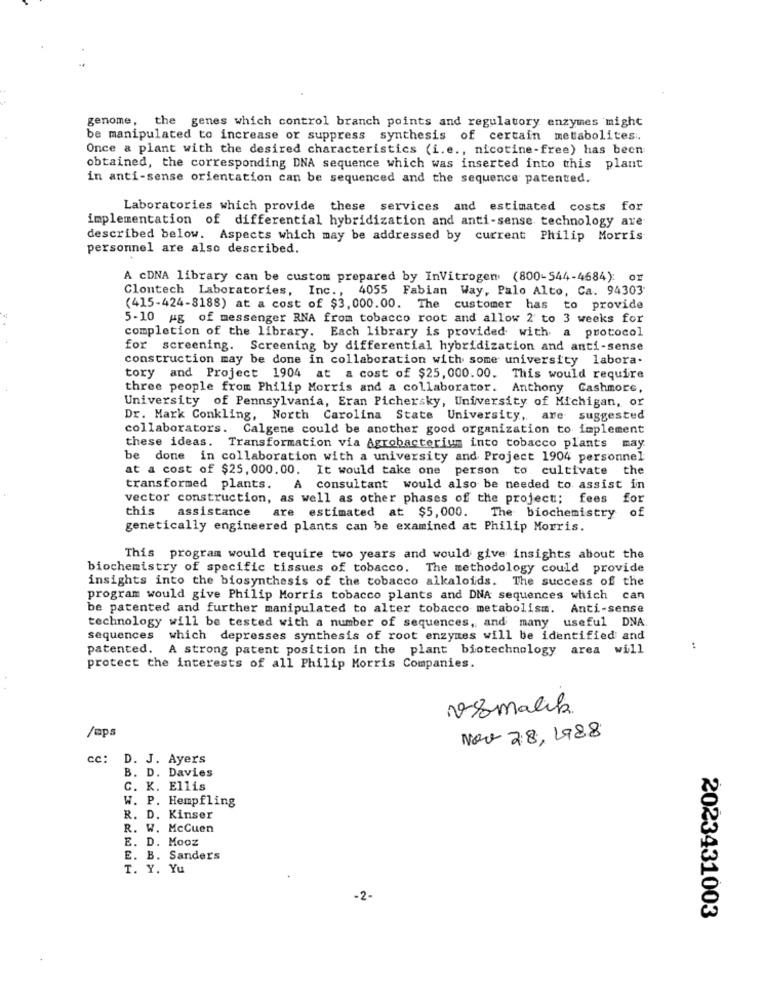
genome, the genes which control branch points and regulatory enzymes might
be manipulated to increase or suppress synthesis of certain metabolites.
Once & plant with the desired characteristics (i.e ., nicotine-free) has been
obtained, the corresponding DNA sequence which was inserted into this plant
in anti-sense orientation can be sequenced and the sequence patented.
Laboratories which provide these services and estimated costs for
implementation of differential hybridization and anti-sense technology are
described below. Aspects which may be addressed by current Philip Morris
personnel are also described.
A cDNA library can be custom prepared by InVitrogen (800-544-4684): or
Clontech Laboratories, Inc .,
4055 Fabian Way, Palo Alto, Ca. 94303
(415-424-8188) at a cost of $3,000.00. The customer has to provide
5-10 pg of messenger RNA from tobacco root and allow 2 to 3 weeks for
completion of the library. Each library is provided with a protocol
for screening. Screening by differential hybridization and anti-sense
construction may be done in collaboration with some university labora-
tory and Project 1904 at a cost of $25, 000.00. This would require
three people from Philip Morris and a collaborator. Anthony Cashmore,
University of Pennsylvania, Eran Pichersky, University of Michigan, or
Dr. Mark Conkling, North Carolina State University, are suggested
collaborators.
Calgene could be another good organization to implement
these ideas. Transformation via Agrobacterium into tobacco plants may
be done in collaboration with a university and Project 1904 personnel
at a cost of $25, 000.00. It would take one person to cultivate
the
transformed plants. A consultant would also be needed to assist in
vector construction, as well as other phases of the project; fees for
this
assistance
are estimated at $5,000. The biochemistry of
genetically engineered plants can be examined at Philip Morris.
This program would require two years and would give insights about the
biochemistry of specific tissues of tobacco. The methodology could provide
insights into the biosynthesis of the tobacco alkaloids. The success of the
program would give Philip Morris tobacco plants and DNA sequences which can
be patented and further manipulated to alter tobacco metabolism. Anti-sense
technology will be tested with a number of sequences, and many useful DNA
sequences
which depresses synthesis of root enzymes will be identified and
patented. A strong patent position in the plant biotechnology area will
:
protect the interests of all Philip Morris Companies.
vemalik.
/ups
Nov 28, 1988
cc: D. J. Ayers
B. D. Davies
C. K. Ellis
W. P. Hempfling
R. D. Kinser
R. W. McCuen
E. D. Mooz
E. B. Sanders
T. Y. Yu
-2-
2023431003